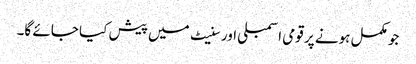
جو مکمل ہونے پر قومی اسمبلی اور سنیٹ میں پیش کیا جائے گا۔